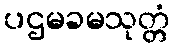
ပဌမခမသုတ္တံ